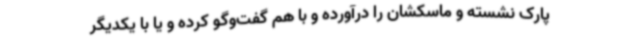
پارک نشسته و ماسکشان را درآورده و با هم گفت‌وگو کرده و یا با یکدیگر